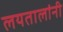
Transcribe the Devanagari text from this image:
लयतालांनी